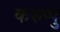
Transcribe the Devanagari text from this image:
करुप्पु